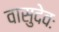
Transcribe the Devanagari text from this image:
वासुदेवः